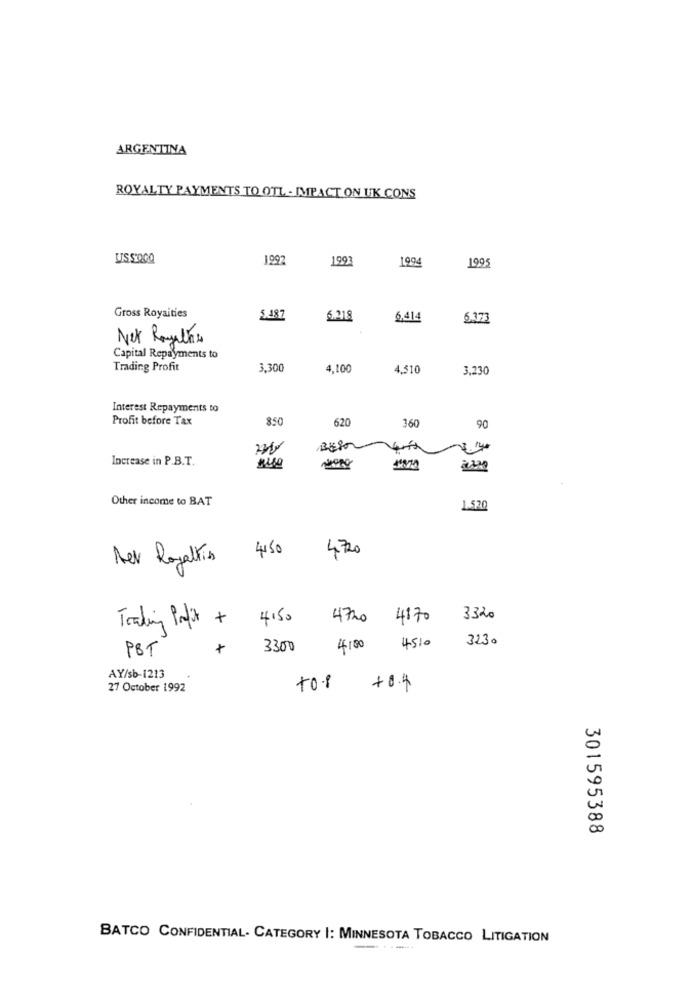
ARGENTINA
ROYALTY PAYMENTS TO OTL - IMPACT ON UK CONS
USSOGQ
1992
199
1994
1995
Gross Royaities
5.487
6.218
6,414
6.37
Net Rayeths
Capital Repayments to
Trading Profit
3,300
4,100
4,510
3,230
Interest Repayments to
Profit before Tax
850
620
360
90
7. 140
Increase in P.B.T.
Other income to BAT
1.520
4150
4720
Det Royalties
4150
4720 4170
3320
Trading Profit +
3230
PBT
+
3300
4100 4510
AY/sb-1213
27 October 1992
+0.4
301595388
BATCO CONFIDENTIAL- CATEGORY |: MINNESOTA TOBACCO LITIGATION
-------